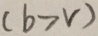
( b > r )